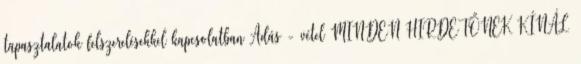
tapasztalatok felszerelésekkel kapcsolatban Adás - vétel MINDEN HIRDETŐNEK KÍNÁL